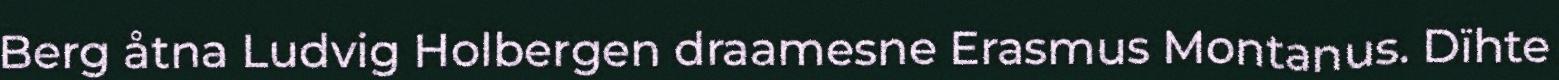
Berg åtna Ludvig Holbergen draamesne Erasmus Montanus. Dïhte